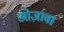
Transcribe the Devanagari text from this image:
ओज़ावा